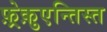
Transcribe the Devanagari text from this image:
फ़्रेक़ुएन्तिस्त